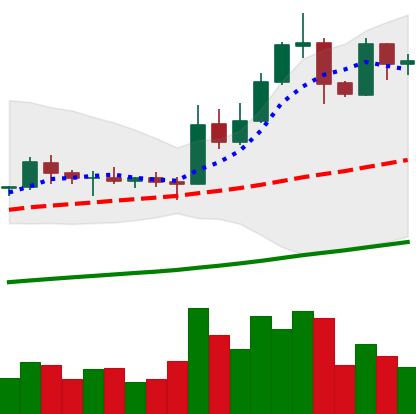
Ticker: EOS-USD
Chart end date: 2019-05-21
Forward return: 9.845%
Label: up_7plus